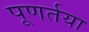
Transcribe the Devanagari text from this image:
पूणर्तया